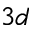
3 d